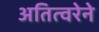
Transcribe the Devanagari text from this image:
अतित्वरेने